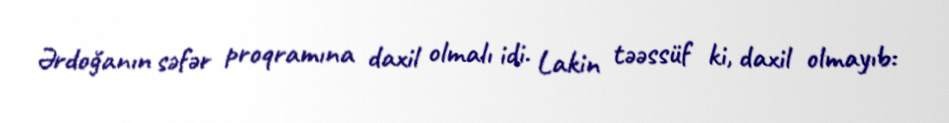
Ərdoğanın səfər proqramına daxil olmalı idi. Lakin təəssüf ki, daxil olmayıb: